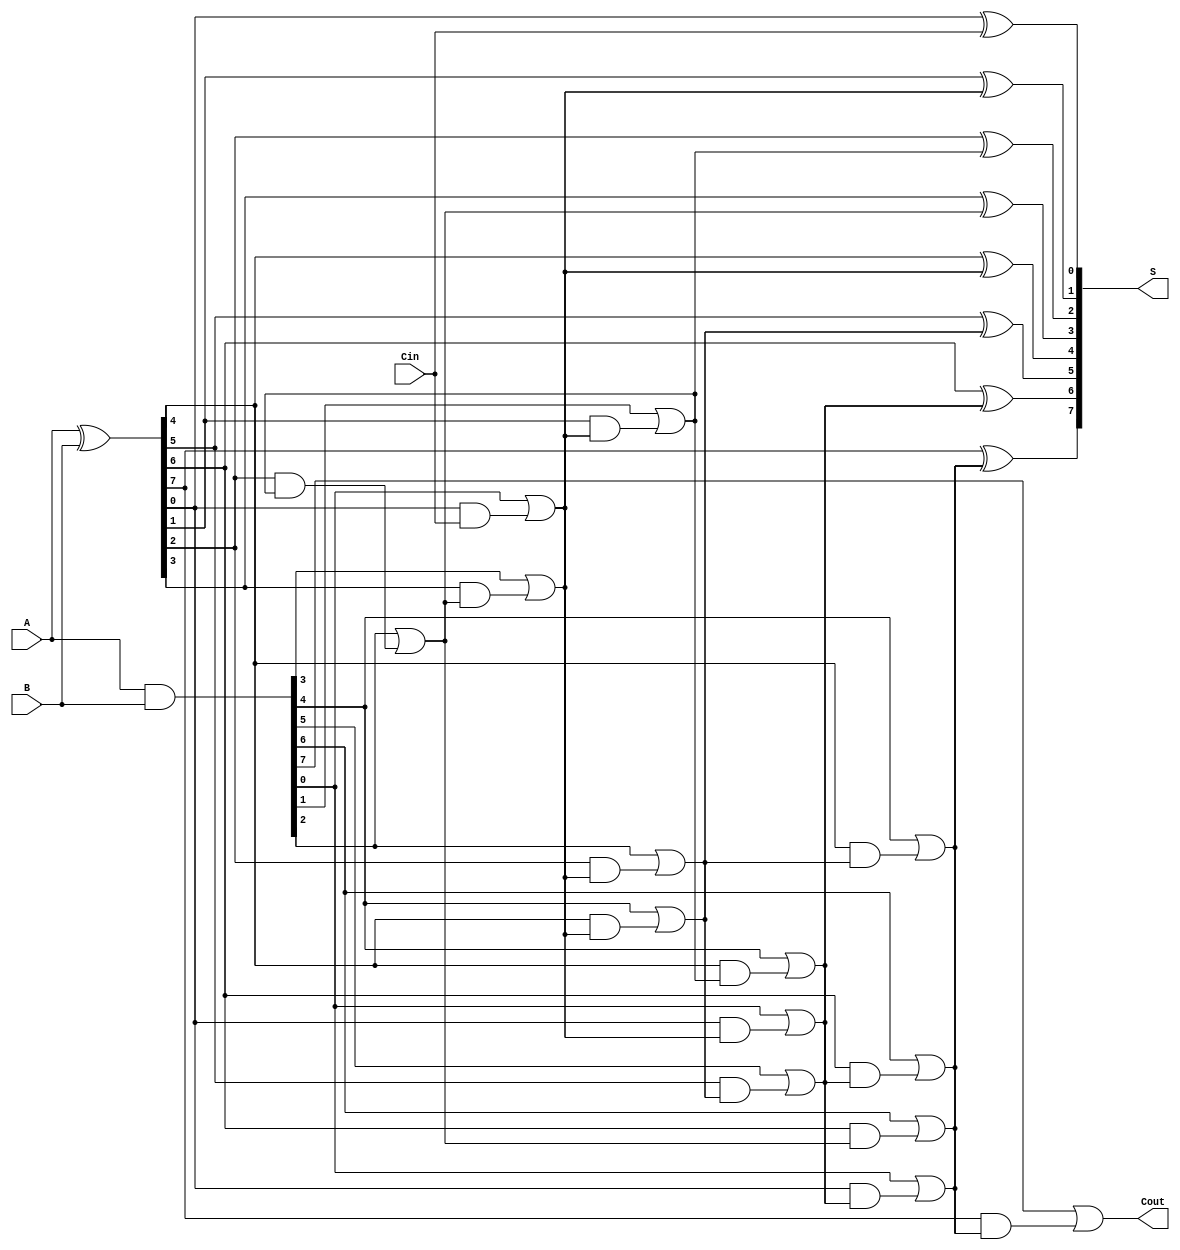
module SklanskyAdder #(parameter N = 8) (
    input  [N-1:0] A,      // First n-bit input
    input  [N-1:0] B,      // Second n-bit input
    input          Cin,     // Carry input
    output [N-1:0] S,      // Sum output
    output         Cout     // Carry output
);

    // Generate and Propagate signals
    wire [N-1:0] G; // Generate signals
    wire [N-1:0] P; // Propagate signals
    wire [N:0] C;   // Carry signals

    // Generate and Propagate calculations
    assign G = A & B;          // G[i] = A[i] & B[i]
    assign P = A ^ B;          // P[i] = A[i] ^ B[i]

    // Carry computation
    assign C[0] = Cin;         // Initial carry input

    // Level 1 carry computation
    genvar i;
    generate
        for (i = 0; i < N; i = i + 1) begin : level1
            assign C[i + 1] = G[i] | (P[i] & C[i]);
        end
    endgenerate

    // Higher levels of carry computation
    // Level 2
    generate
        for (i = 0; i < N/2; i = i + 1) begin : level2
            assign C[N/2 + i] = G[2*i] | (P[2*i] & C[i]);
        end
    endgenerate

    // Level 3
    generate
        for (i = 0; i < N/4; i = i + 1) begin : level3
            assign C[N/4 + i + N/2] = G[4*i] | (P[4*i] & C[N/2 + i]);
        end
    endgenerate

    // Level 4
    generate
        for (i = 0; i < N/8; i = i + 1) begin : level4
            assign C[N/8 + i + N/4 + N/2] = G[8*i] | (P[8*i] & C[N/4 + i + N/2]);
        end
    endgenerate

    // Final carry output
    assign Cout = C[N];

    // Sum computation
    generate
        for (i = 0; i < N; i = i + 1) begin : sum
            assign S[i] = P[i] ^ C[i]; // S[i] = P[i] ^ C[i-1]
        end
    endgenerate

endmodule